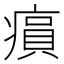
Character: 𤸫